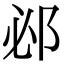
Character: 邲